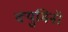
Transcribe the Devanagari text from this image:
क्युमिनॉ